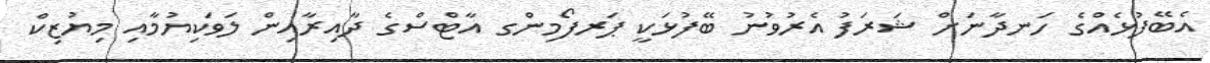
އެބޭފުޅެއްގެ ހަނދާނަށް ޝަރަފު އެރުވުނު ބޭފުޅަކީ ޕަރފޯމިންގ އާޓްސްގެ ދާއިރާއިން ލަވަކިޔުމާއި މިޔުޒިކް